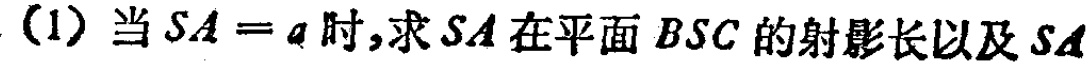
(1) 当 \(SA = a\) 时,求 \(SA\) 在平面 \(BSC\) 的射影长以及 \(SA\)